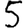
Digit: 5